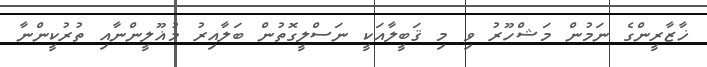
ޚާޒާރީންގެ ނަމުން މަޝްހޫރު ވި މި ޤަބީލާއަކީ ނަސްލީގޮތުން ބަލާއިރު މުޣޫލީންނާއި ތުރުކީންނާ